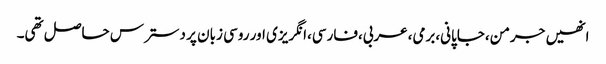
انھیں جرمن،جاپانی،برمی،عربی،فارسی،انگریزی اور روسی زبان پر دسترس حاصل تھی۔